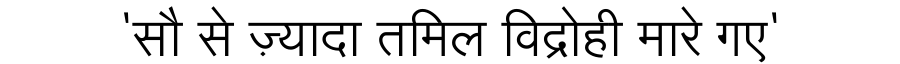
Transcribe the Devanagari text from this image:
'सौ से ज़्यादा तमिल विद्रोही मारे गए'